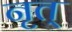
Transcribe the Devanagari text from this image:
नृत्